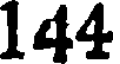
144